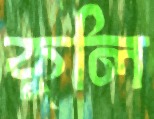
কুলি